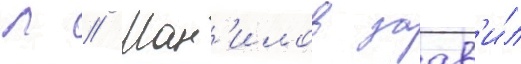
Л // Ман'илов заав'и́л